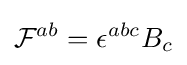
{\mathcal {F}}^{ab}=\epsilon ^{abc}B_{c}